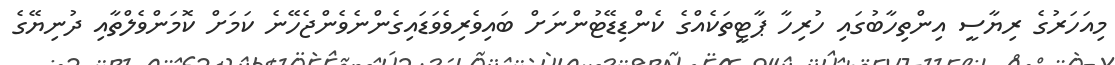
މިއަހަރުގެ ރިޔާސީ އިންތިހާބުގައި ހުރިހާ ޕާޓީތަކެއްގެ ކެންޑިޑޭޓުންނަށް ބައިވެރިވެވަޑައިގެންނެވެންޖެހޭނެ ކަމަށް ކޮމަންވެލްތާއި ދުނިޔޭގެ